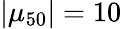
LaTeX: |\mu_{50}|=10